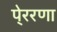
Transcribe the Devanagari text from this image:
पे्ररणा